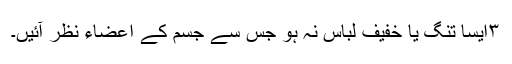
۳ایسا تنگ یا خفیف لباس نہ ہو جس سے جسم کے اعضاء نظر آئیں۔